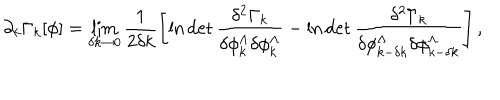
LaTeX: \partial _ { k } \Gamma _ { k } [ \phi ] = \lim _ { \delta k \to 0 } \frac { 1 } { 2 \delta k } \left[ \ln \det \frac { \delta ^ { 2 } \Gamma _ { k } } { \delta \phi _ { k } ^ { \Lambda } \delta \phi _ { k } ^ { \Lambda } } - \ln \det \frac { \delta ^ { 2 } \Gamma _ { k } } { \delta \phi _ { k - \delta k } ^ { \Lambda } \delta \phi _ { k - \delta k } ^ { \Lambda } } \right] ,